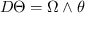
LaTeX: D \Theta = \Omega \wedge \theta